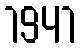
1941